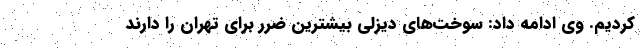
کردیم. وی ادامه داد: سوخت‌های دیزلی بیشترین ضرر برای تهران را دارند